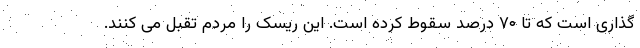
گذاری است که تا ۷۰ درصد سقوط کرده است. این ریسک را مردم تقبل می کنند.